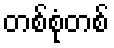
တစ်စုံတစ်